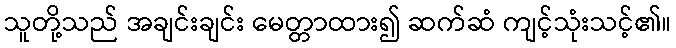
သူတို့သည် အချင်းချင်း မေတ္တာထား၍ ဆက်ဆံ ကျင့်သုံးသင့်၏။